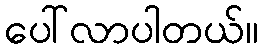
ပေါ်လာပါတယ်။